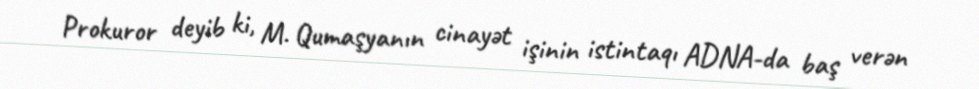
Prokuror deyib ki, M. Qumaşyanın cinayət işinin istintaqı ADNA-da baş verən